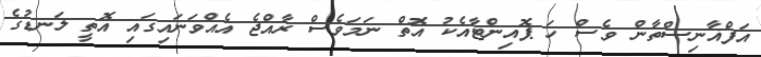
އަފްޣާނިސްތާން ވެސް ހަ ޕޮއިންޓާއެކު އޮތް ނަމަވެސް ރާއްޖެ އެއްވަނައިގައި އޮތީ ލަނޑުގެ